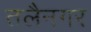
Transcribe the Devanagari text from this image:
तलैनगर